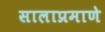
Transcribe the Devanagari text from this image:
सालाप्रमाणे